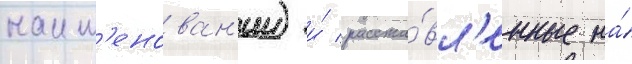
наим'енован'ии) и́ расста́вл'енные на́